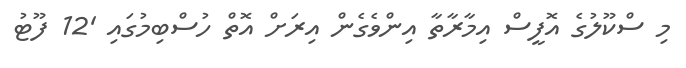
މި ސްކޫލުގެ އޮފީސް އިމާރާތާ އިންވެގެން އިރަށް އޮތް ހުސްބިމުގައި '12 ފޫޓު